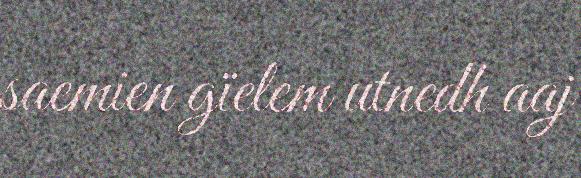
saemien gïelem utnedh aaj